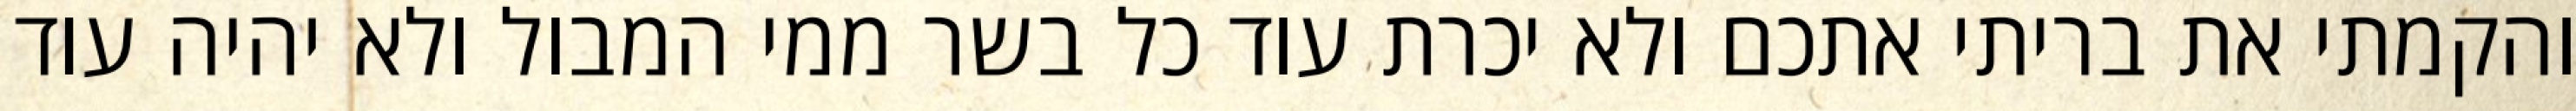
והקמתי את בריתי אתכם ולא יכרת עוד כל בשר ממי המבול ולא יהיה עוד